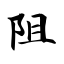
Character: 阻